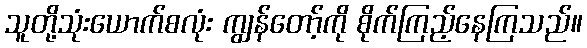
သူတို့သုံးယောက်စလုံး ကျွန်တော့်ကို စိုက်ကြည့်နေကြသည်။